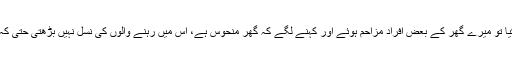
میں نے اس مکان کے خریدنے کا ارادہ کیا تو میرے گھر کے بعض افراد مزاحم ہوئے اور کہنے لگے کہ گھر منحوس ہے، اس میں رہنے والوں کی نسل نہیں بڑھتی حتیٰ کہ اصل مالک پر خاندان کا سلسلہ ختم ہوگیا۔